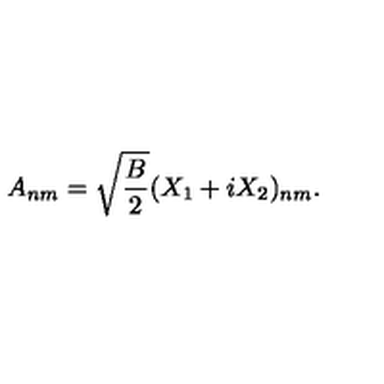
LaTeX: A _ { n m } = \sqrt { \frac { B } { 2 } } ( X _ { 1 } + i X _ { 2 } ) _ { n m } .